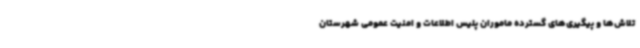
تلاش‌ها و پیگیری‌های گسترده ماموران پلیس اطلاعات و امنیت عمومی شهرستان